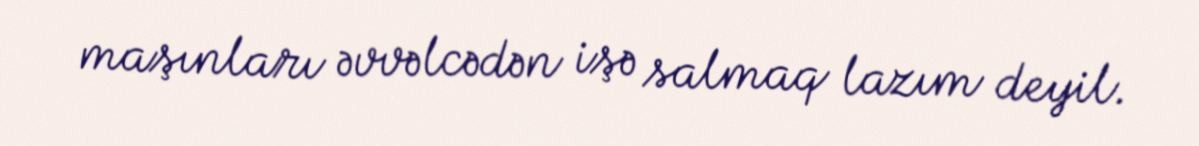
maşınları əvvəlcədən işə salmaq lazım deyil.